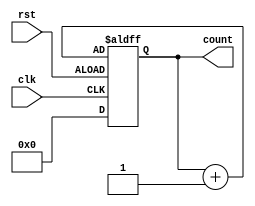
//////////////////////////////////////////////////////////////////////////////////
// GitHub:- github.com/amitvsuryavanshi04
// RTL code written by : Amit Suryavanshi 
// 
// Design Name: A four bit synchronous up counter 
// Module Name: up_counter
// Project Name: up_counter
// Target Devices: 
// Tool Used: Vivado ML Edition
// Description: 
// Language used:- Verilog 
// Dependencies: 
// 
// Revision:
// Revision 0.01 - File Created
// Additional Comments:
// 
//////////////////////////////////////////////////////////////////////////////////


module up_counter(count,clk,rst);
input clk,rst;
output reg [3:0]count;
always @(posedge clk or negedge rst)
begin 
  if (!rst)
  count<=count+4'b0001;
  else
  count<=4'b0000;
  end
endmodule